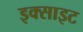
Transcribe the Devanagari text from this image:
इक्साइट